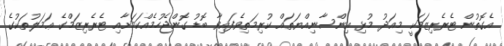
އެގޮތުން ޓެރެރިޒަމަކީ މިއަދު މުޅި އިންސާނިއްޔަތައް ކުރިމަތިވެފައިވާ ބޮޑު ގޮންޖެހުމެއްކަމަށާއި ޓެރެރިޒަމްގެ ޢަމަލުތަކުގެ